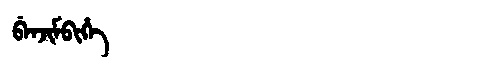
Manchu: ᠪᡝᠨᠵᡳᠮᠪᡳᡥᡝ
Romanization: BENJIMBIHE